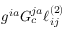
g ^ { i a } G _ { c } ^ { j a } \ell _ { i j } ^ { ( 2 ) }